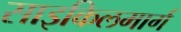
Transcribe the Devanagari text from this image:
साइकिलमार्ग